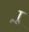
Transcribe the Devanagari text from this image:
र्‍ाू